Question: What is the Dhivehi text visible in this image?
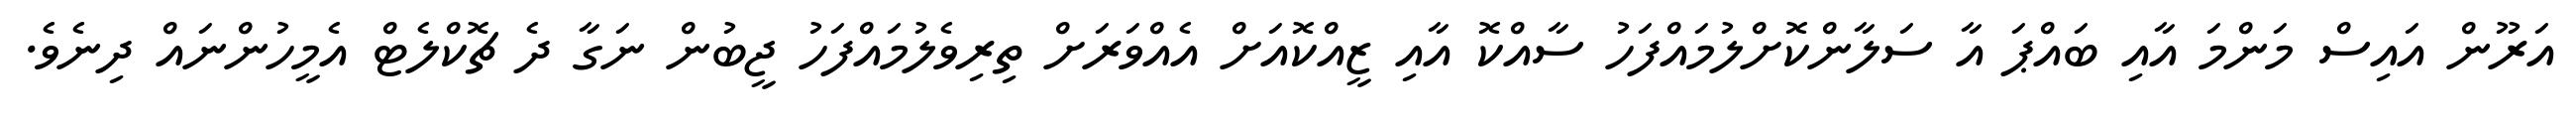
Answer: އަރޫން އައިސް މަންމަ އާއި ބައްޕަ އާ ސަލާންކޮށްލުމައްފަހު ސާއްކޮ އާއި ޒީއްކޮއަށް އެއްވަރަށް ތިރިވެލުމައްފަހު ޖީބުން ނަގާ ދެ ޗޮކްލެޓް އެމީހުންނައް ދިނެވެ.